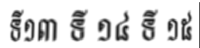
ទី១៣ ទី ១៤ ទី ១៥